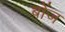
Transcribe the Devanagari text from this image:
बोंज